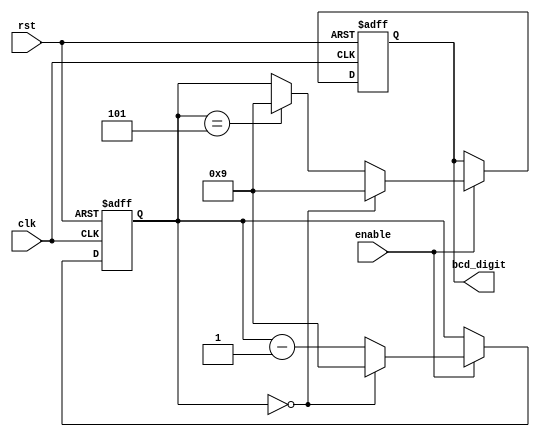
module BCD_Down_Counter_with_Enable (
    input clk,
    input rst,
    input enable,
    output reg [3:0] bcd_digit
);

reg [3:0] count;

always @(posedge clk or posedge rst) begin
    if (rst) begin
        count <= 4'b1001; // Initial count value of 9 in BCD format
        bcd_digit <= 4'b1001; // Initial BCD digit output
    end else if (enable) begin
        if (count == 4'b0000) begin
            count <= 4'b1001; // Reset count to 9 in BCD format
            bcd_digit <= 4'b1001; // Set BCD digit output to 9
        end else begin
            count <= count - 1; // Decrement count by 1
            if (count == 4'b0101) begin
                bcd_digit <= 4'b1001; // Set BCD digit output to 9 when count reaches 5
            end else if (count == 4'b0000) begin
                bcd_digit <= 4'b0000; // Set BCD digit output to 0 when count reaches 0
            end else begin
                bcd_digit <= count; // Set BCD digit output to current count value
            end
        end
    end
end

endmodule